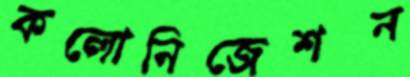
কলোনিজেশন